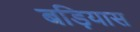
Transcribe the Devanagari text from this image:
बड़ियास